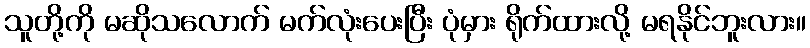
သူတို့ကို မဆိုသလောက် မက်လုံးပေးပြီး ပုံမှား ရိုက်ထားလို့ မရနိုင်ဘူးလား။